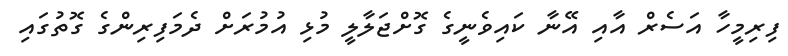
ފިރިމީހާ އަސެރް އާއި އޭނާ ކައިވެނީގެ ގޮށްޖަލާލީ މުޅި އުމުރަށް ދެމަފިރިންގެ ގޮތުގައި